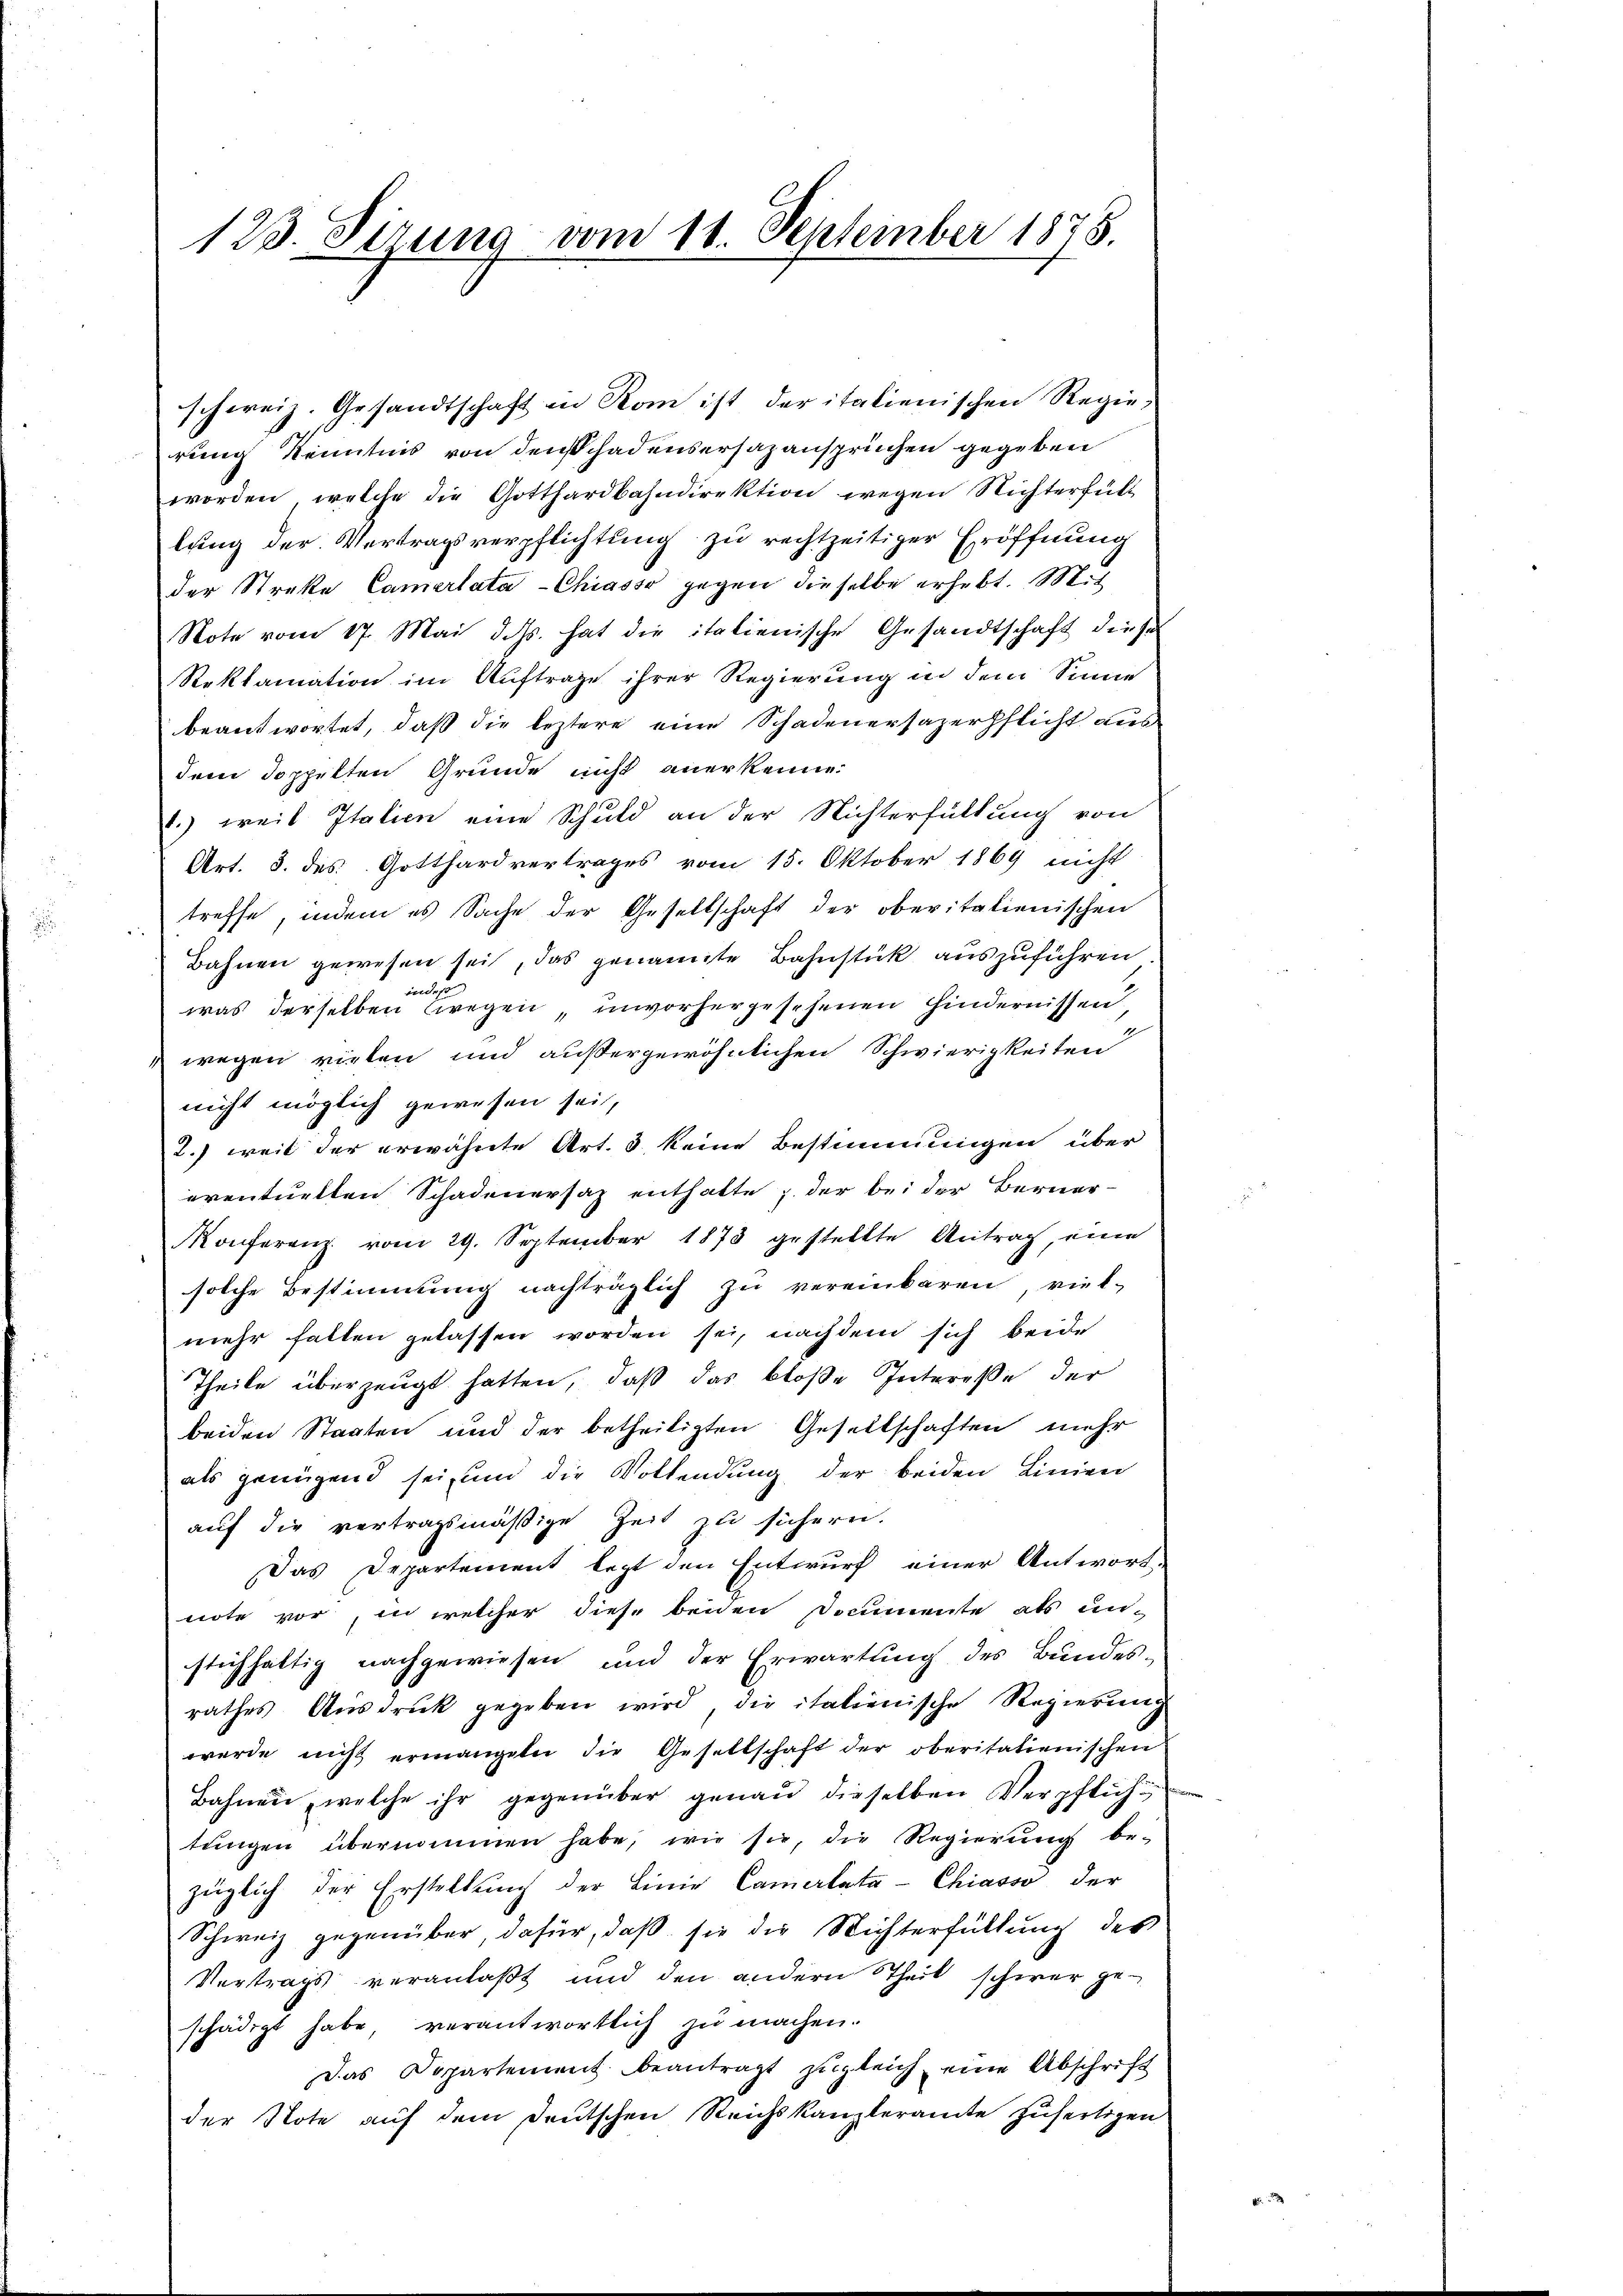
123. Sirung vom 11. September 1828.

schweiz. Gesandtschaft in Rom ist der italienischen Regierung Kenntnis von den Schadensersazansprüchen gegeben
worden, welche die Gotthardbahndirektion wegen Nichterfüll
lung der Vertragsverpflichtung zu rechtzeitiger Eröffnung
der Streke Camerlata-Chiasso gegen dieselbe erhebt. Mit
Note vom 17. Mai d. Js. hat die italienische Gesandtschaft diese
Reklamation im Auftrage ihrer Regierung in dem Sinne
beantwortet, daß die leztere eine Schadenersagerpflicht aus
dem doppelten Grunde nicht anerkenne.
1.) weil Italien eine Schuld an der Nichterfüllung von
Art. 3. des Gotthardvertrages vom 15. Oktober 1869 nicht
treffe, indem es Sache der Gesellschaft der oberitalienischen
Bahnen gewesen sei, das genannte Bahnstück auszuführen
was derselben wegen, unvorhergesehenen Hindernissen
wegen vielen und außergewöhnlichen Schwierigkeiten
nicht möglich gewesen sei,
2.) weil der erwähnte Art. 3 keine Bestimmungen über
eventuellen Schadenersatz enthalte u. der bei der Berner-
Konferenz vom 29. September 1873 gestellte Antrag, eine
solche Bestimmung nachträglich zu vereinbaren viel-
mehr fallen gelassen worden sei, nachdem sich beide
Theile überzeugt hatten, daß das bloße Interesse der
beiden Staaten und der betheiligten Gesellschaften mehr
als genügend sei und die Vollendung der beiden Linien
auf die vertragsmäßige Zeit zu sichern.
Das Departement lezt den Entwurf einer Antwort:
note vor, in welcher diese beiden Documente als un-
stichhaltig nachgewiesen und der Erwartung des Bundes-
rathes Aŭsdrŭck gegeben wird, die italienische Regierung
werde nicht ermangete, die Gesellschaft der oberitationischen
Bahnen, welche ihr gegenüber genau dieselben Verpflichtŭngen übernommen habe, wie sie, die Regierŭng be-
züglich der Erstellung der Linie Camerlata-Chiasso der
Schweiz gegenüber, dafür, daß sie die Nichterfüllung des
Vertrags veranlaßt und den andern Theil schwer geschädigt habe, verantwortlich zu machen.
Das Departement beantragt zugleich eine Abschrift
der Note auf dem deutschen Reichskanzleramte zufertigen